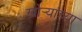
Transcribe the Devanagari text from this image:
खोर्‍यांच्या